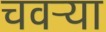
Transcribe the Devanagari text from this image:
चवऱ्या